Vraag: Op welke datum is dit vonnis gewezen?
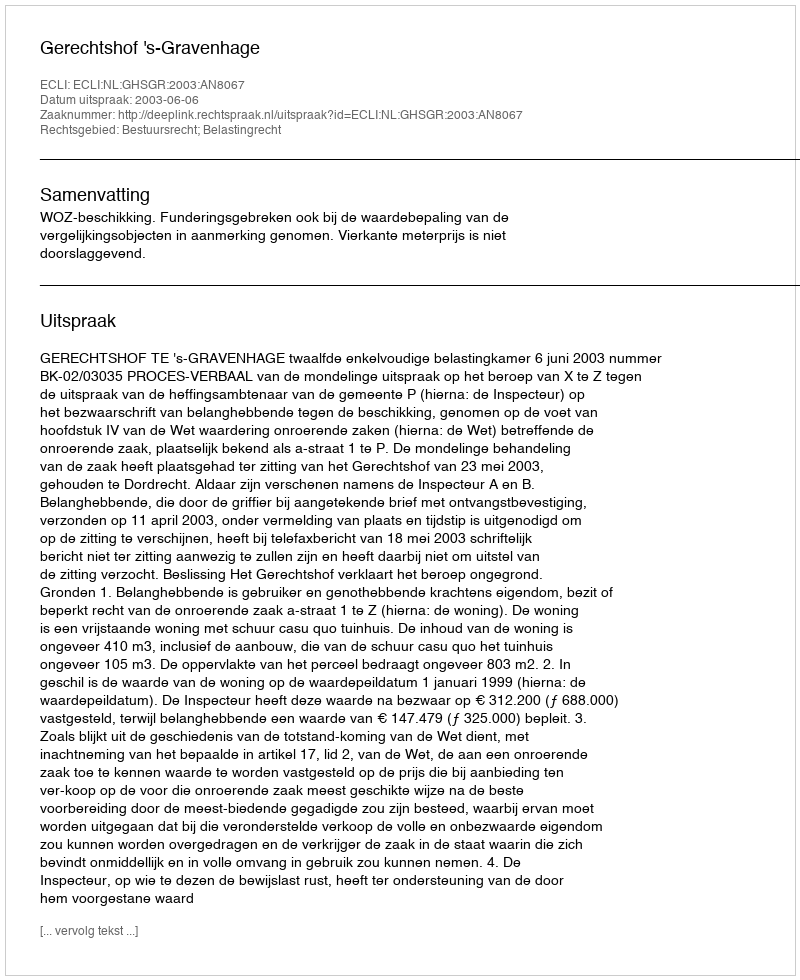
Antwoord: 2003-06-06